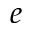
e